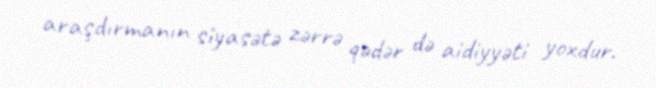
araşdırmanın siyasətə zərrə qədər də aidiyyəti yoxdur.